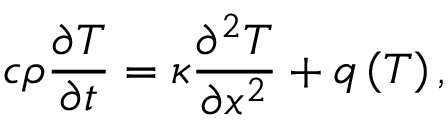
c \rho \frac { { \partial T } } { { \partial t } } = \kappa \frac { { { \partial ^ { 2 } } T } } { { \partial { x ^ { 2 } } } } + q \left( T \right) ,